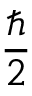
\frac { \hbar } { 2 }